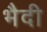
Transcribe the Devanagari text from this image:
भैदी